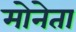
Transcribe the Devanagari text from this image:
मोनेता